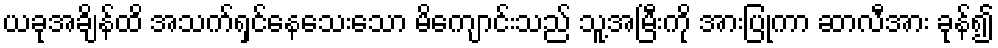
ယခုအချိန်ထိ အသက်ရှင်နေသေးသော မိကျောင်းသည် သူ့အမြီးကို အားပြုကာ ဆာလီအား ခုန်၍